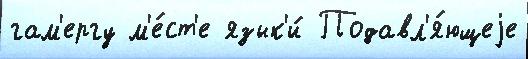
гам'ергу м'е́ст'е язык'и́ Подавл'я́ющеjе